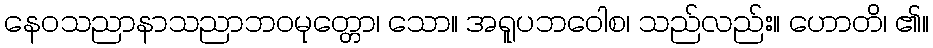
နေဝသညာနာသညာဘဝမုတ္တော၊ သော။ အရူပဘဝေါစ၊ သည်လည်း။ ဟောတိ၊ ၏။